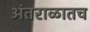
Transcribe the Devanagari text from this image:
अंतराळातच